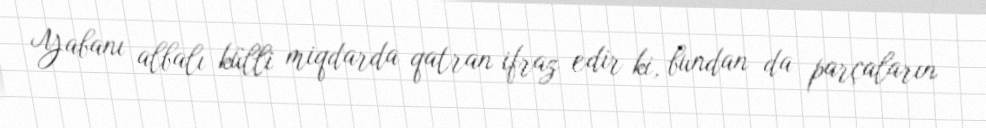
Yabanı albalı külli miqdarda qatran ifraz edir ki, bundan da parçaların